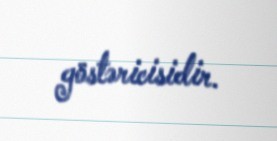
göstəricisidir.